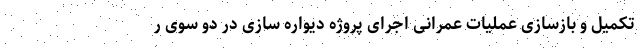
تکمیل و بازسازی عملیات عمرانی اجرای پروژه دیواره سازی در دو سوی ر